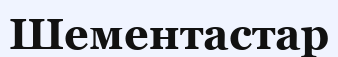
Шементастар